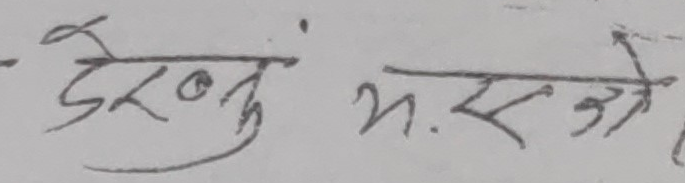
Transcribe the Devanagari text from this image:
देख्नुं भएको